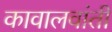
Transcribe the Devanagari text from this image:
कावालवांती